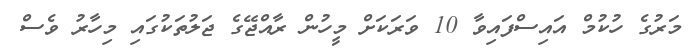
މަރުގެ ހުކުމް އައިސްފައިވާ 10 ވަރަކަށް މީހުން ރާއްޖޭގެ ޖަލުތަކުގައި މިހާރު ވެސް